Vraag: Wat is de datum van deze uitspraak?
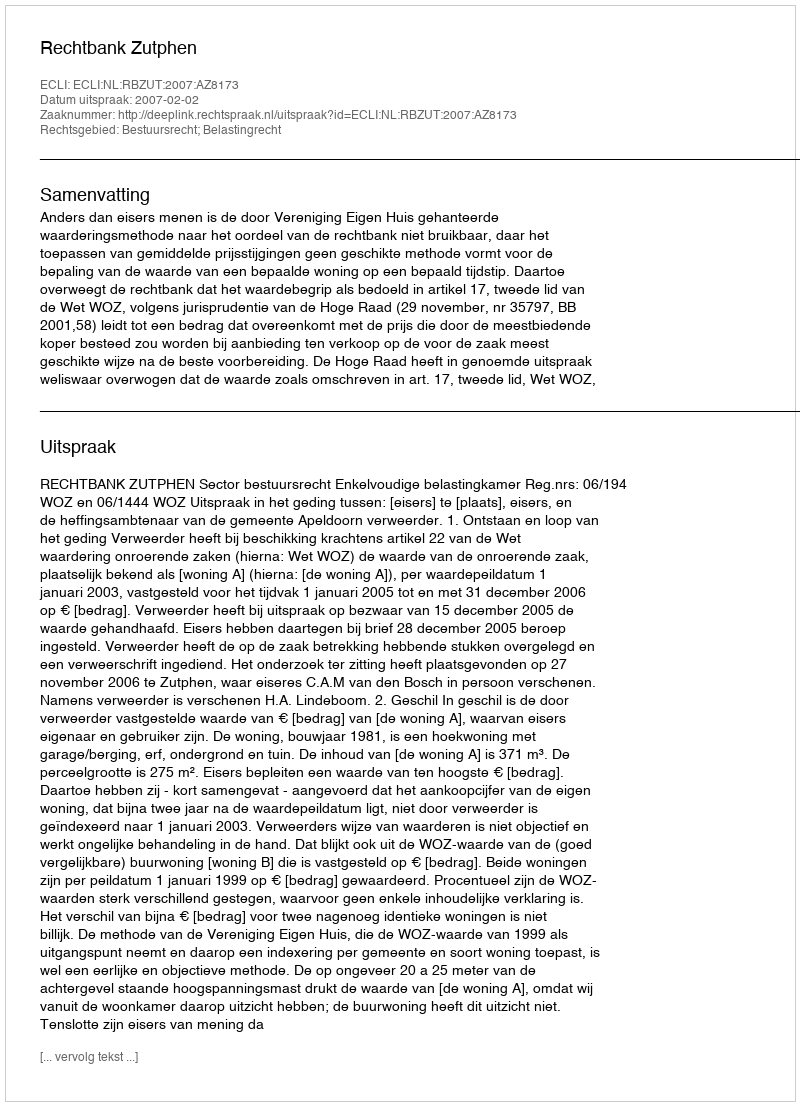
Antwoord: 2007-02-02